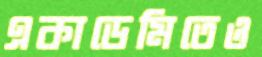
একাডেমিতেও